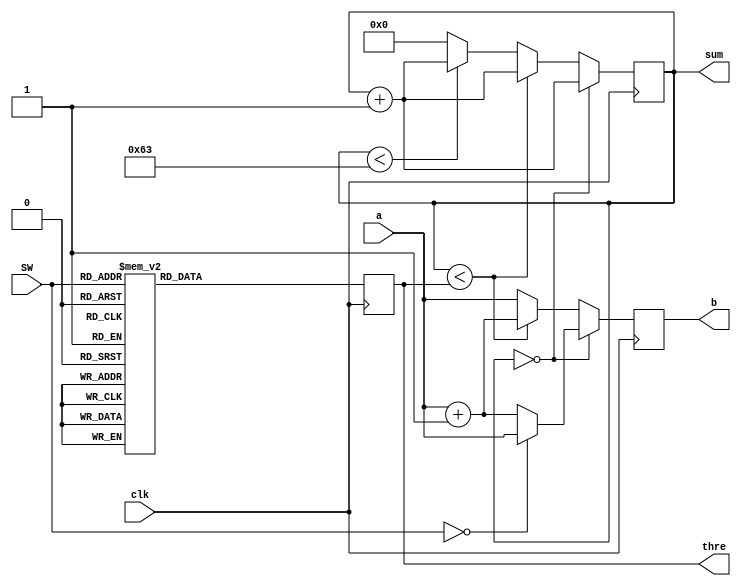
`timescale 1ns / 1ps
//////////////////////////////////////////////////////////////////////////////////
// Company: 
// Engineer: 
// 
// Design Name: 
// Module Name: test
// Project Name: 
// Target Devices: 
// Tool Versions: 
// Description: 
// 
// Dependencies: 
// 
// Revision:
// Revision 0.01 - File Created
// Additional Comments:
// 
//////////////////////////////////////////////////////////////////////////////////


module monitor (clk,a,SW,b,sum,thre); 
input clk;
input [1:0] a; 
input [7:0] SW;
output reg [1:0] b; 
output [7:0] sum;
output [7:0] thre;
reg [7:0] i=0;
wire [7:0] SWvalue;
reg [7:0] sw10;

always@(posedge clk)  begin
    case(SW)
    8'b00000000:sw10<=8'd0;
    8'b00000001:sw10<=8'd1;
    8'b00000010:sw10<=8'd2;
    8'b00000011:sw10<=8'd3;
    8'b00000100:sw10<=8'd4;
    8'b00000101:sw10<=8'd5;
    8'b00000110:sw10<=8'd6;
    8'b00000111:sw10<=8'd7;
    8'b00001000:sw10<=8'd8;
    8'b00001001:sw10<=8'd9;
    8'b00010000:sw10<=8'd10;
    8'b00010001:sw10<=8'd11;
    8'b00010010:sw10<=8'd12;
    8'b00010011:sw10<=8'd13;
    8'b00010100:sw10<=8'd14;
    8'b00010101:sw10<=8'd15;
    8'b00010110:sw10<=8'd16;
    8'b00010111:sw10<=8'd17;
    8'b00011000:sw10<=8'd18;
    8'b00011001:sw10<=8'd19;
    8'b00100000:sw10<=8'd20;
    8'b00100001:sw10<=8'd21;
    8'b00100010:sw10<=8'd22;
    8'b00100011:sw10<=8'd23;
    8'b00100100:sw10<=8'd24;
    8'b00100101:sw10<=8'd25;
    8'b00100110:sw10<=8'd26;
    8'b00100111:sw10<=8'd27;
    8'b00101000:sw10<=8'd28;
    8'b00101001:sw10<=8'd29;
    8'b00110000:sw10<=8'd30;
    8'b00110001:sw10<=8'd31;
    8'b00110010:sw10<=8'd32;
    8'b00110011:sw10<=8'd33;
    8'b00110100:sw10<=8'd34;
    8'b00110101:sw10<=8'd35;
    8'b00110110:sw10<=8'd36;
    8'b00110111:sw10<=8'd37;
    8'b00111000:sw10<=8'd38;
    8'b00111001:sw10<=8'd39;
    8'b01000000:sw10<=8'd40;
    8'b01000001:sw10<=8'd41;
    8'b01000010:sw10<=8'd42;
    8'b01000011:sw10<=8'd43;
    8'b01000100:sw10<=8'd44;
    8'b01000101:sw10<=8'd45;
    8'b01000110:sw10<=8'd46;
    8'b01000111:sw10<=8'd47;
    8'b01001000:sw10<=8'd48;
    8'b01001001:sw10<=8'd49;
    8'b01010000:sw10<=8'd50;
    8'b01010001:sw10<=8'd51;
    8'b01010010:sw10<=8'd52;
    8'b01010011:sw10<=8'd53;
    8'b01010100:sw10<=8'd54;
    8'b01010101:sw10<=8'd55;
    8'b01010110:sw10<=8'd56;
    8'b01010111:sw10<=8'd57;
    8'b01011000:sw10<=8'd58;
    8'b01011001:sw10<=8'd59;
    8'b01100000:sw10<=8'd60;
    8'b01100001:sw10<=8'd61;
    8'b01100010:sw10<=8'd62;
    8'b01100011:sw10<=8'd63;
    8'b01100100:sw10<=8'd64;
    8'b01100101:sw10<=8'd65;
    8'b01100110:sw10<=8'd66;
    8'b01100111:sw10<=8'd67;
    8'b01101000:sw10<=8'd68;
    8'b01101001:sw10<=8'd69;
    8'b01110000:sw10<=8'd70;
    8'b01110001:sw10<=8'd71;
    8'b01110010:sw10<=8'd72;
    8'b01110011:sw10<=8'd73;
    8'b01110100:sw10<=8'd74;
    8'b01110101:sw10<=8'd75;
    8'b01110110:sw10<=8'd76;
    8'b01110111:sw10<=8'd77;
    8'b01111000:sw10<=8'd78;
    8'b01111001:sw10<=8'd79;
    8'b10000000:sw10<=8'd80;
    8'b10000001:sw10<=8'd81;
    8'b10000010:sw10<=8'd82;
    8'b10000011:sw10<=8'd83;
    8'b10000100:sw10<=8'd84;
    8'b10000101:sw10<=8'd85;
    8'b10000110:sw10<=8'd86;
    8'b10000111:sw10<=8'd87;
    8'b10001000:sw10<=8'd88;
    8'b10001001:sw10<=8'd89;
    8'b10010000:sw10<=8'd90;
    8'b10010001:sw10<=8'd91;
    8'b10010010:sw10<=8'd92;
    8'b10010011:sw10<=8'd93;
    8'b10010100:sw10<=8'd94;
    8'b10010101:sw10<=8'd95;
    8'b10010110:sw10<=8'd96;
    8'b10010111:sw10<=8'd97;
    8'b10011000:sw10<=8'd98;
    8'b10011001:sw10<=8'd99;
    default:sw10<=8'd100;
    endcase
    end
always @ (posedge clk)begin
      if(i == 0)
      begin
          b <= (SW==0)? a : a+1;
          i <= i+1;
      end
      else if (i< SWvalue)
      begin
          b <= a+1;
          i <=i+1;
      end
      else if (i<99)
      begin
          b <= a;
          i <=i+1;
      end
      else
      begin
          b <= a;
          i <= 0;
          
      end
end


assign SWvalue = sw10;
assign sum = i;
assign thre=SWvalue;
endmodule